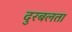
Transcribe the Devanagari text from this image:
दुरबलता